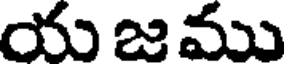
య జ ము